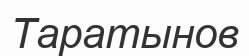
Таратынов